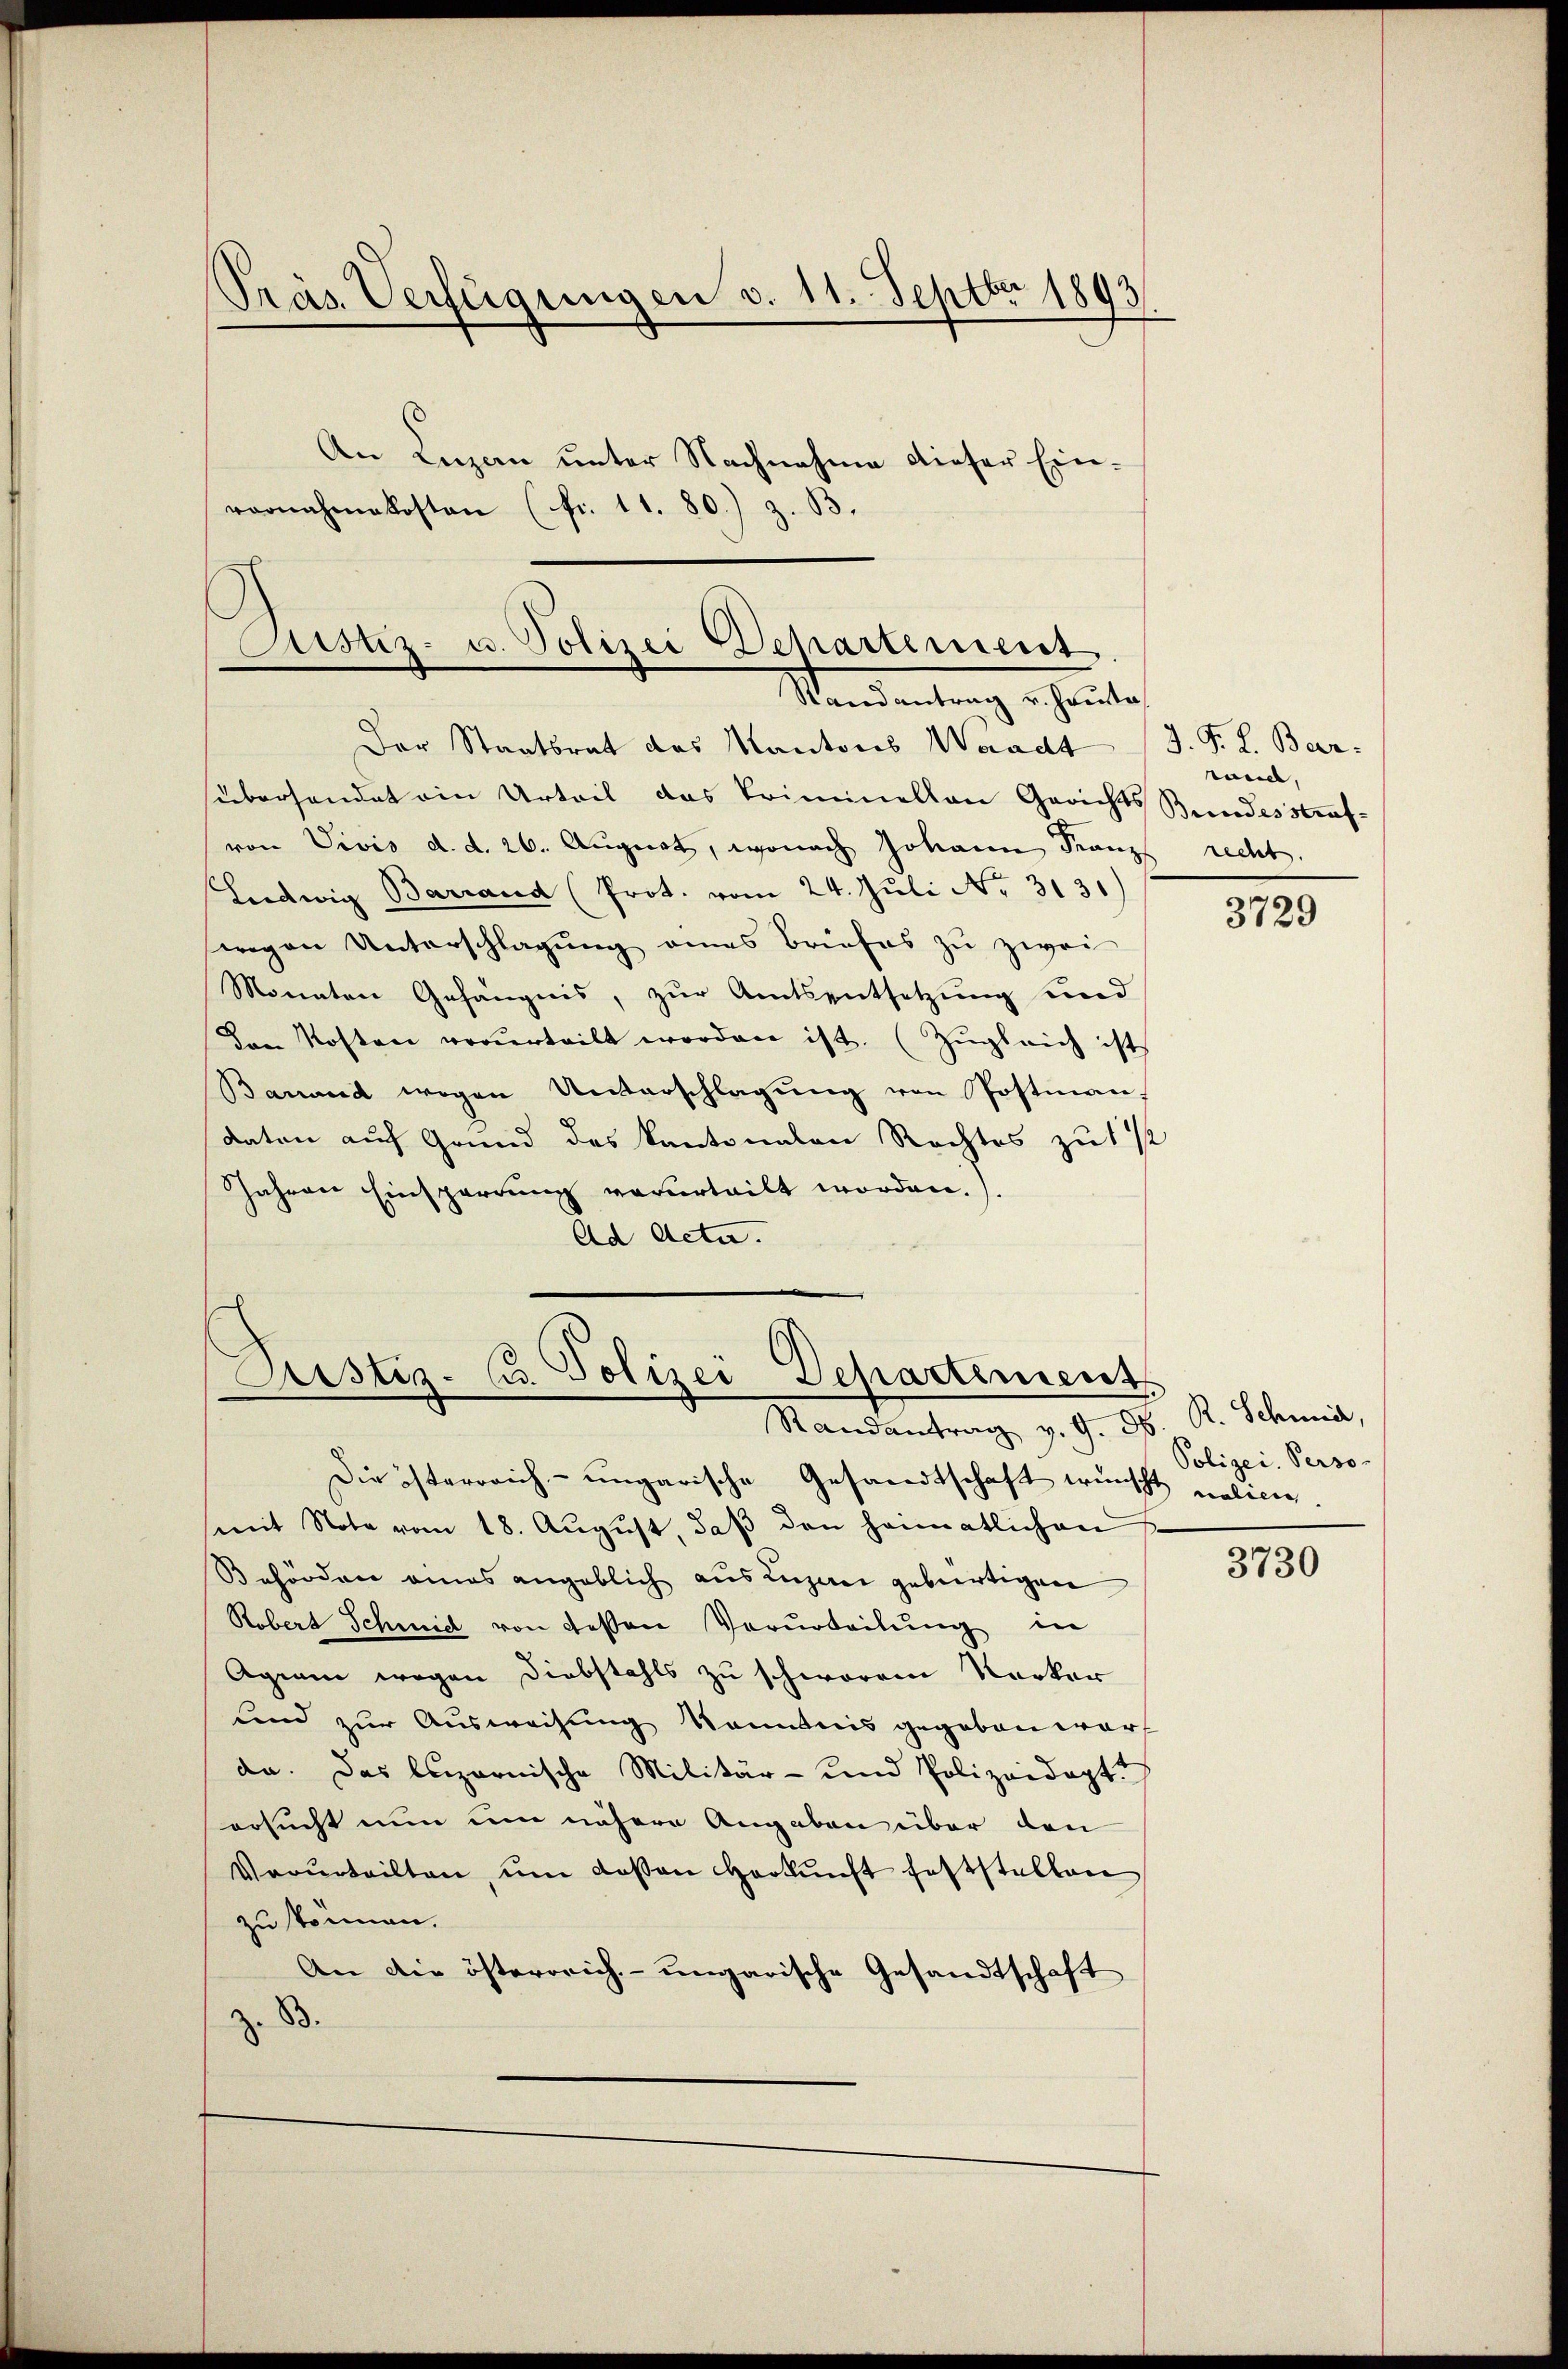
Präs. Verfügungen v. 11. Septbr 1893

An Luzan unter Nachnahme dieser Einvornahmakosten (fr. 11. 80) z. B.

Justiz- u. Polizei Departement
Mandantrag erheite

Der Staatsrat das Kantons Waadt J. J. L. Bez
überhandet ein Urteil das Criminellen Gerichts Bundesstraf-
von Divis d. d. 26. August, wonach Johann Franz recht.
Ludwig Barrand (Prot. vom 24. Juli Nr. 3131)
wegen Unterschlagung eines Briefes zu zwei
Monaten Gefängnis, zur Amtsentsetzung und
Den Kosten verurteilt worden ist. (Zugleich ist
Banand wegen Unterschlagung von Postman
daten auf Grund des Kantonalen Rechtes zu 1 1/2
Jahren Einsperrung verurteilt worden.
Ad Acte.

Justiz- u. Polizei
Departement
Randantrag v. 9. d.

Die österreich-ungarische Gesandtschaft wünscht melinie.
mit Note vom 18. Aŭgŭst, daβ den heimatlichen
Behörden eines angeblich aus Lugan gebürtigen
Robert Schmidt von dessen Verurteilung in
Agium wegen Diebstahls zu schworen Kerker
und zur Ausweisung kanntnis gegeben war
da. Das luzernische Militär- und Polizeidept
ersucht nun um nähere Angaben über den
Verurteilten, ŭm dassen Herkunft feststellen
zu können.
An die österrich-ungarische Gesandtschaft
83

räuel,

3729

R. Schmid,
Polizei Perso-

3730